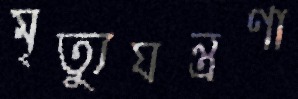
মৃত্যুযন্ত্রণা